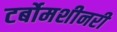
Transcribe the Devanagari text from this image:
टर्बोमशीनरी